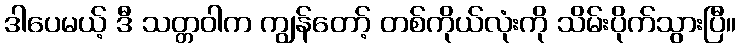
ဒါပေမယ့် ဒီ သတ္တဝါက ကျွန်တော့် တစ်ကိုယ်လုံးကို သိမ်းပိုက်သွားပြီ။